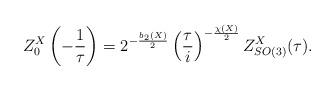
LaTeX: \begin{align*}Z^X_0\left(-\frac{1}{\tau}\right)=2^{-\frac{b_2(X)}{2}}\left(\frac{\tau}{i}\right)^{-\frac{\chi(X)}{2}}Z_{SO(3)}^X(\tau).\end{align*}